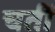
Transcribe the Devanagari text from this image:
चतीं